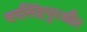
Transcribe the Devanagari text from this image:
नरसिंहपुरऔर